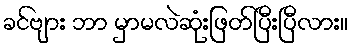
ခင်ဗျား ဘာ မှာမလဲဆုံးဖြတ်ပြီးပြီလား။